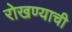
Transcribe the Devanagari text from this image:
रोखण्याची